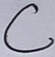
Text: C